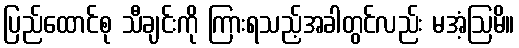
ပြည်ထောင်စု သီချင်းကို ကြားရသည့်အခါတွင်လည်း မအံ့ဩမိ။